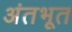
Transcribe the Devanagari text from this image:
अंतभूत